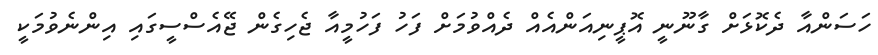
ހަސަންއާ ދެކޮޅަށް ގާނޫނީ އޮޕީނިއަންއެއް ދެއްވުމަށް ފަހު ފަހުމީއާ ޖެހިގެން ޖޭއެސްސީގައި އިންނެވުމަކީ